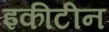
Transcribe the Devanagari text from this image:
इकीटीन